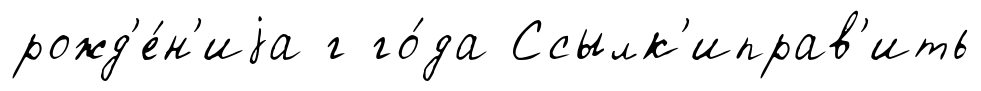
рожд'е́н'иjа г го́да Ссылк'иправ'ить